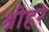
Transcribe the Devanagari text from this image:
श्रीहरे